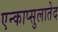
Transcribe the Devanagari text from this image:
एन्काप्सुलातेद